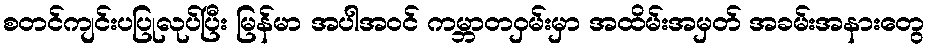
စတင်ကျင်းပပြုလုပ်ပြီး မြန်မာ အပါအဝင် ကမ္ဘာတဝှမ်းမှာ အထိမ်းအမှတ် အခမ်းအနားတွေ